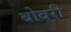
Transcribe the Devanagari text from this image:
बोवरी